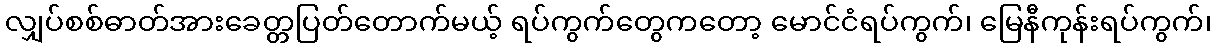
လျှပ်စစ်ဓာတ်အားခေတ္တပြတ်တောက်မယ့် ရပ်ကွက်တွေကတော့ မောင်ငံရပ်ကွက်၊ မြေနီကုန်းရပ်ကွက်၊